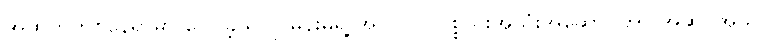
အထက်တစ်နေရာမှာ ပြောခဲ့သလို မိန်းမရဲ့ အလှပြင် ပစ္စည်းအသုံးအဆောင်ဟာ အဆင်အယင်၊